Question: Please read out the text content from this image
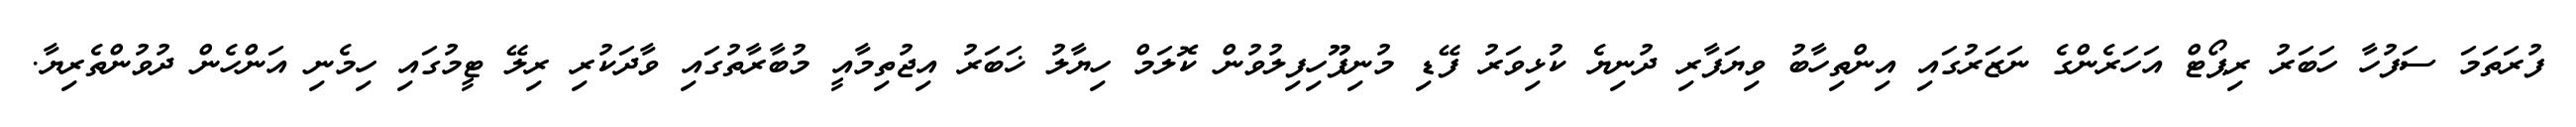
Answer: ފުރަތަމަ ސަފުހާ ހަބަރު ރިޕޯޓް އަހަރެންގެ ނަޒަރުގައި އިންތިހާބު ވިޔަފާރި ދުނިޔެ ކުޅިވަރު ފޭޑި މުނިފޫހިފިލުވުން ކޮލަމް ހިޔާލު ޚަބަރު އިޖުތިމާއީ މުބާރާތުގައި ވާދަކުރި ރިލޭ ޓީމުގައި ހިމެނި އަންހެން ދުވުންތެރިޔާ.